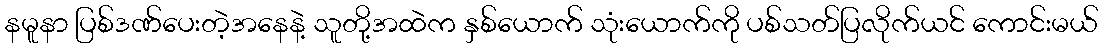
နမူနာ ပြစ်ဒဏ်ပေးတဲ့အနေနဲ့ သူတို့အထဲက နှစ်ယောက် သုံးယောက်ကို ပစ်သတ်ပြလိုက်ယင် ကောင်းမယ်